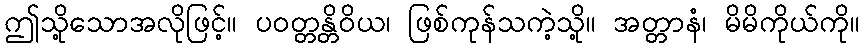
ဤသို့သောအလိုဖြင့်။ ပဝတ္တန္တိဝိယ၊ ဖြစ်ကုန်သကဲ့သို့။ အတ္တာနံ၊ မိမိကိုယ်ကို။